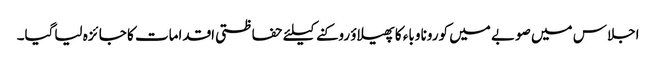
اجلاس میں صوبے میں کورونا وباء کا پھیلاؤ روکنے کیلئے حفاظتی اقدامات کا جا ئزہ لیاگیا۔